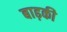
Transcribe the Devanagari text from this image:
बाढ़की